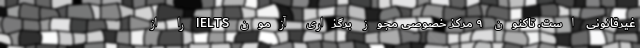
غیرقانونی است. تاکنون ۹ مرکز خصوصی مجوز برگزاری آزمون IELTS را از